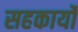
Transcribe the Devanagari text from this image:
सहकार्यों